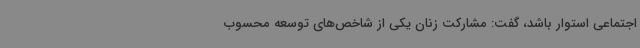
اجتماعی استوار باشد، گفت: مشارکت زنان یکی از شاخص‌های توسعه محسوب